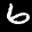
Label: 6